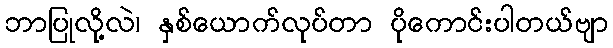
ဘာပြုလို့လဲ၊ နှစ်ယောက်လုပ်တာ ပိုကောင်းပါတယ်ဗျာ